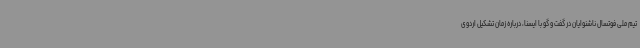
تیم ملی فوتسال ناشنوایان در گفت و گو با ایسنا، درباره زمان تشکیل اردوی